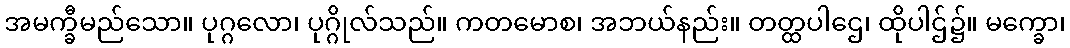
အမက္ခီမည်သော။ ပုဂ္ဂလော၊ ပုဂ္ဂိုလ်သည်။ ကတမောစ၊ အဘယ်နည်း။ တတ္ထပါဌေ၊ ထိုပါဌ်၌။ မက္ခော၊